Problem: 6 × 2 = ?
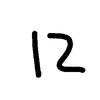
Handwritten answer: 12